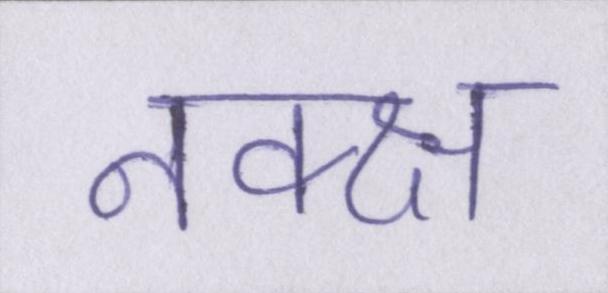
नक्क्ष